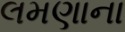
લમણાના